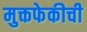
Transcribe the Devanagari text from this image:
मुक्तफेकीची